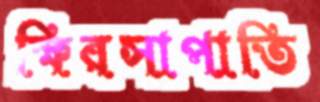
ক্ষিরসাপাতি